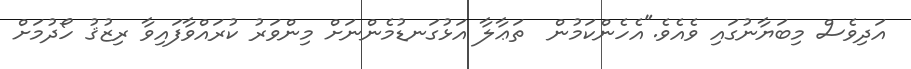
އަދިވެސް މިބަޔާނުގައި ވެއެވެ."އެހެންކަމުން  ތަޢާލާ އަޅުގަނޑުމެންނަށް މިންވަރު ކުރައްވާފައިވާ ރިޒުޤު ހޯދުމަށް